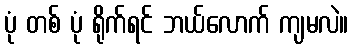
ပုံ တစ် ပုံ ရိုက်ရင် ဘယ်လောက် ကျမလဲ။